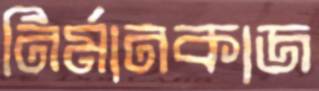
নির্মানকাজ